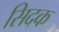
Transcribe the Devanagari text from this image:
सिदक